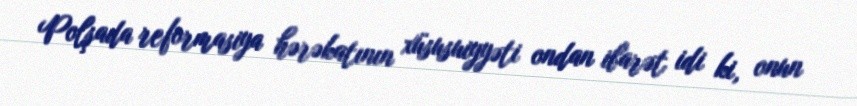
Polşada reformasiya hərəkatının xüsusuiyyəti ondan ibarət idi ki, onun